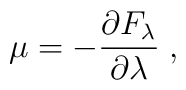
\mu =-\frac{\partial F_{\lambda}}{\partial \lambda}\;,